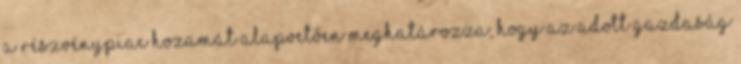
A részvénypiac hozamát alapvetően meghatározza, hogy az adott gazdaság